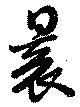
曩